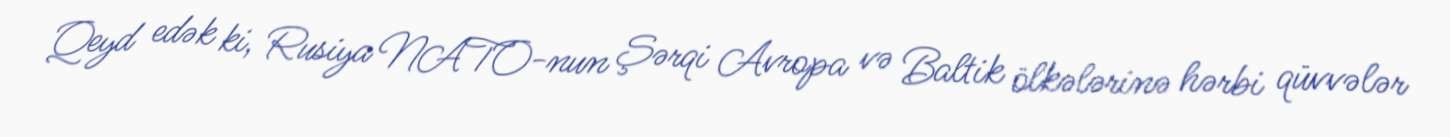
Qeyd edək ki, Rusiya NATO-nun Şərqi Avropa və Baltik ölkələrinə hərbi qüvvələr